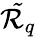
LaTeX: \mathcal{\tilde{R}}_{{q}}